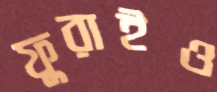
ফুরাইও